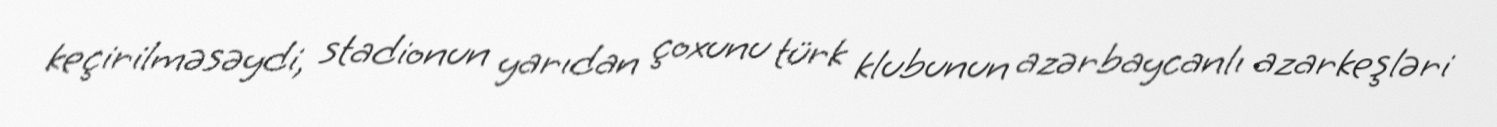
keçirilməsəydi, stadionun yarıdan çoxunu türk klubunun azərbaycanlı azarkeşləri